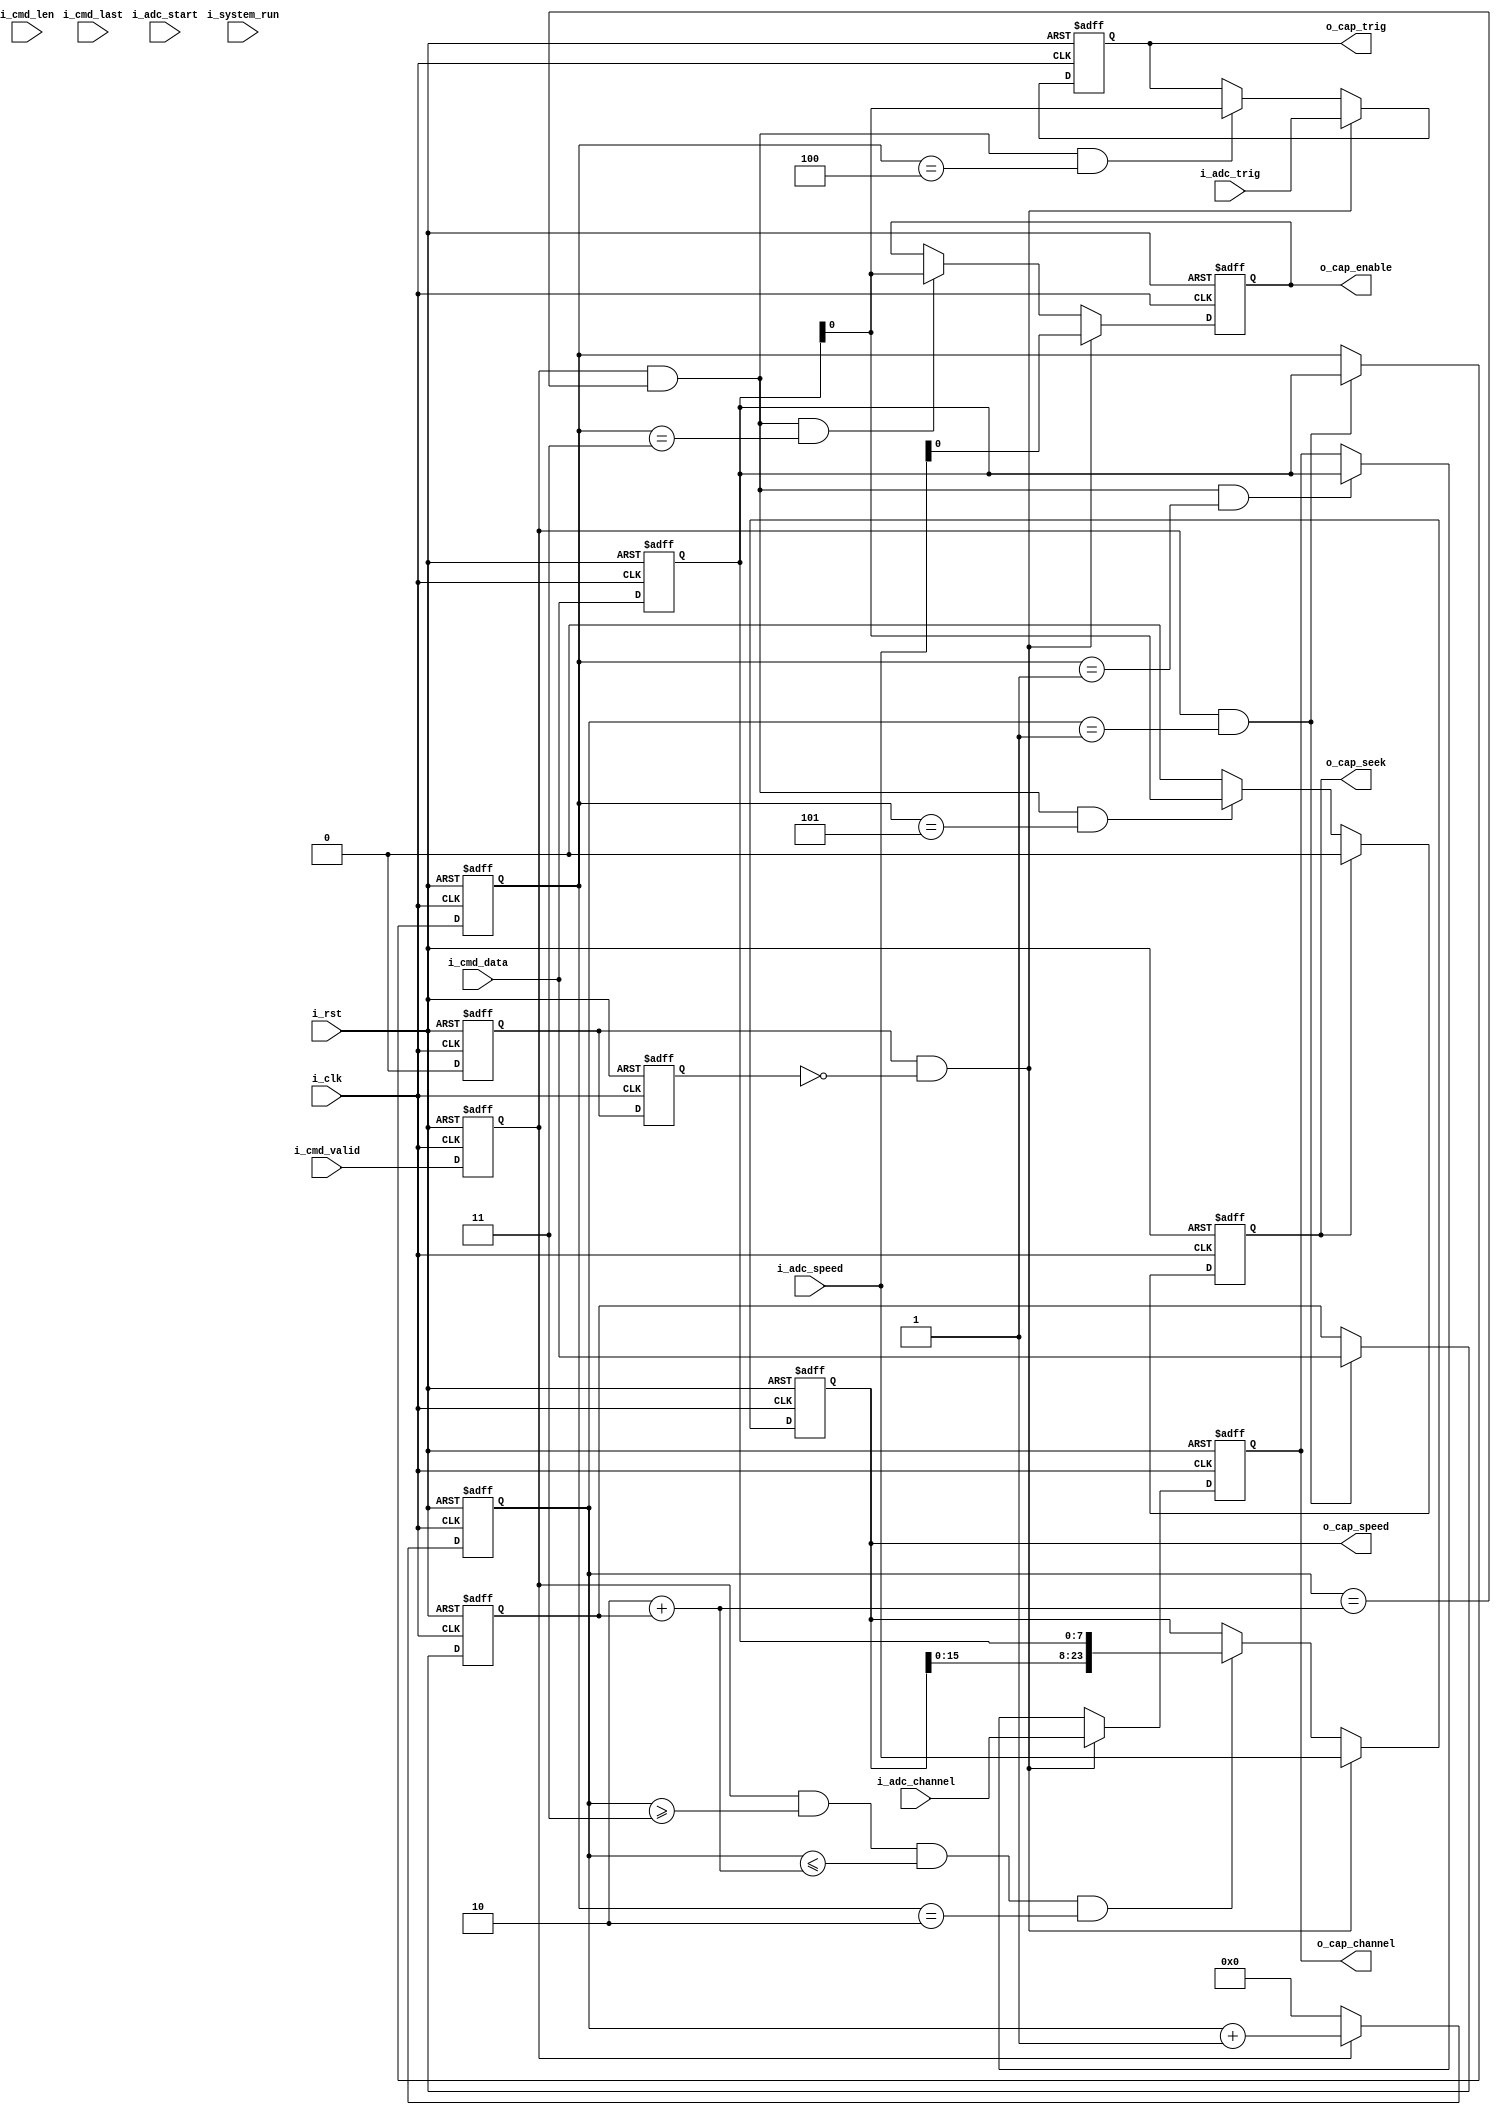
`timescale 1ns / 1ps
//////////////////////////////////////////////////////////////////////////////////
// Company: 
// Engineer: 
// 
// Design Name: 
// Module Name: AD7606_Ctrl
// Project Name: 
// Target Devices: 
// Tool Versions: 
// Description: 
// 
// Dependencies: 
// 
// Revision:
// Revision 0.01 - File Created
// Additional Comments:
// 
//////////////////////////////////////////////////////////////////////////////////


module AD7606_Ctrl(
    input               i_clk           ,
    input               i_rst           ,

    input  [7 :0]       i_cmd_len       ,
    input  [7 :0]       i_cmd_data      ,
    input               i_cmd_last      ,
    input               i_cmd_valid     ,
    input               i_system_run    ,
    input  [7 :0]       i_adc_channel   ,
    input  [23:0]       i_adc_speed     ,
    input               i_adc_start     ,
    input               i_adc_trig      ,

    output [7 :0]       o_cap_channel   ,
    output              o_cap_enable    ,
    output [23:0]       o_cap_speed     ,
    output              o_cap_trig      ,
    output              o_cap_seek      
);

/***************function**************/

/***************parameter*************/

/***************port******************/             

/***************mechine***************/

/***************reg*******************/
reg  [7 :0]             ri_cmd_len      ;
reg  [7 :0]             ri_cmd_data     ;
reg                     ri_cmd_last     ;
reg                     ri_cmd_valid    ;
reg  [7 :0]             ro_cap_channel  ;
reg                     ro_cap_enable   ;
reg  [23:0]             ro_cap_speed    ;
reg                     ro_cap_trig     ;
reg                     ro_cap_seek     ;
reg  [7 :0]             r_cnt           ;
reg  [7 :0]             r_type          ;
reg  [7 :0]             r_payload       ;//payload data len
reg                     ri_system_run   ;
reg                     ri_system_run_1d;
/***************wire******************/
wire                    w_system_pos    ;

/***************component*************/

/***************assign****************/
assign o_cap_channel = ro_cap_channel   ;
assign o_cap_enable  = ro_cap_enable    ;
assign o_cap_speed   = ro_cap_speed     ;
assign o_cap_trig    = ro_cap_trig      ;
assign o_cap_seek    = ro_cap_seek      ;
assign w_system_pos  = ri_system_run & !ri_system_run_1d;

/***************always****************/
always@(posedge i_clk,posedge i_rst)
begin
    if(i_rst) begin
        ri_cmd_len   <= 0;
        ri_cmd_data  <= 0;
        ri_cmd_last  <= 0;
        ri_cmd_valid <= 0;
    end else begin
        ri_cmd_len   <= i_cmd_len  ;
        ri_cmd_data  <= i_cmd_data ;
        ri_cmd_last  <= i_cmd_last ;
        ri_cmd_valid <= i_cmd_valid;
    end
end

always@(posedge i_clk,posedge i_rst)
begin
    if(i_rst)
        r_cnt <= 'd0;
    else if(ri_cmd_valid)
        r_cnt <= r_cnt  + 1;
    else 
        r_cnt <= 'd0;
end

always@(posedge i_clk,posedge i_rst)
begin
    if(i_rst)
        r_type <= 'd0;
    else if(ri_cmd_valid && r_cnt == 1)
        r_type <= ri_cmd_data;
    else    
        r_type <= r_type;
end

always@(posedge i_clk,posedge i_rst)
begin
    if(i_rst)
        r_payload <= 'd0;
    else if(ri_cmd_valid && r_cnt == 1)
        r_payload <= i_cmd_data;
    else 
        r_payload <= r_payload;
end

always@(posedge i_clk,posedge i_rst)
begin
    if(i_rst)
        ro_cap_channel <= 'd0;
    else if(w_system_pos)
        ro_cap_channel <= i_adc_channel;
    else if(ri_cmd_valid && r_cnt == 2 + r_payload && r_type == 1)
        ro_cap_channel <= ri_cmd_data;
    else 
        ro_cap_channel <= ro_cap_channel;
end

always@(posedge i_clk,posedge i_rst)
begin
    if(i_rst)
        ro_cap_speed <= 'd0;
    else if(w_system_pos)
        ro_cap_speed <= i_adc_speed;
    else if(ri_cmd_valid && r_cnt >= 3 && r_cnt <= 2 + r_payload && r_type == 2)
        ro_cap_speed <= {ro_cap_speed[15:0],ri_cmd_data};
    else 
        ro_cap_speed <= ro_cap_speed;
end

always@(posedge i_clk,posedge i_rst)
begin
    if(i_rst)
        ro_cap_enable <= 'd0;
    else if(w_system_pos)
        ro_cap_enable <= i_adc_speed;
    else if(ri_cmd_valid && r_cnt == 2 + r_payload && r_type == 3)
        ro_cap_enable <= ri_cmd_data;
    else 
        ro_cap_enable <= ro_cap_enable;
end



always@(posedge i_clk,posedge i_rst)
begin
    if(i_rst)
        ro_cap_trig <= 'd0;
    else if(w_system_pos)
        ro_cap_trig <= i_adc_trig;
    else if(ri_cmd_valid && r_cnt == 2 + r_payload && r_type == 4)
        ro_cap_trig <= ri_cmd_data;
    else 
        ro_cap_trig <= ro_cap_trig;
end

always@(posedge i_clk,posedge i_rst)
begin
    if(i_rst)
        ro_cap_seek <= 'd0;
    else if(ro_cap_seek)
        ro_cap_seek <= 'd0;
    else if(ri_cmd_valid && r_cnt == 2 + r_payload && r_type == 5)
        ro_cap_seek <= ri_cmd_data;
    else 
        ro_cap_seek <= 'd0;
end

always@(posedge i_clk,posedge i_rst)
begin
    if(i_rst) begin
        ri_system_run    <= 'd0;
        ri_system_run_1d <= 'd0;
    end else begin
        ri_system_run    <= 'd0;
        ri_system_run_1d <= ri_system_run;
    end
end

endmodule